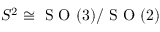
S ^ { 2 } \cong \mathrm { ~ S ~ O ~ } ( 3 ) / \mathrm { ~ S ~ O ~ } ( 2 )